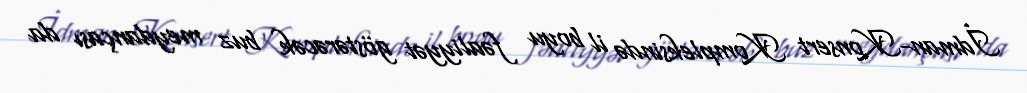
İdman-Konsert Kompleksində il boyu fəaliyyət göstərəcək buz meydançası da